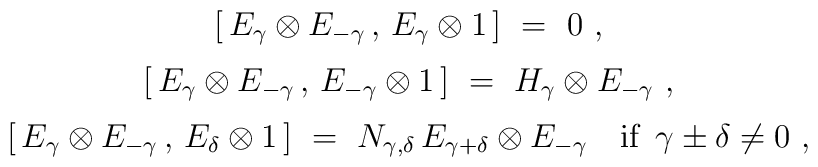
\begin{array}{c}  [ \, E_\gamma \otimes E_{-\gamma} \,,\, E_\gamma \otimes 1 \, ]~=~0~, \\[2mm]  [ \, E_\gamma \otimes E_{-\gamma} \,,\, E_{-\gamma} \otimes 1 \, ]~  =~H_\gamma \otimes E_{-\gamma}~, \\[2mm]  [ \, E_\gamma \otimes E_{-\gamma} \,,\, E_\delta \otimes 1 \, ]~  =~N_{\gamma,\delta} \, E_{\gamma+\delta} \otimes E_{-\gamma} \quad  \mbox{if $\, \gamma \pm \delta \neq 0$}~, \end{array}